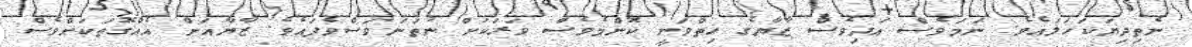
ނެތިދިޔަކަހަލައެވެ. ނަމަވެެސް އަދިވެސް ޒާޔާގެ ހިތްވަނީ ކޮންމެެވެސް ވަރަކަށް ނުތަނަވަސްވެފައެވެ. ޒާޔާއަށް އެއްގޮތަކަށްވެސް